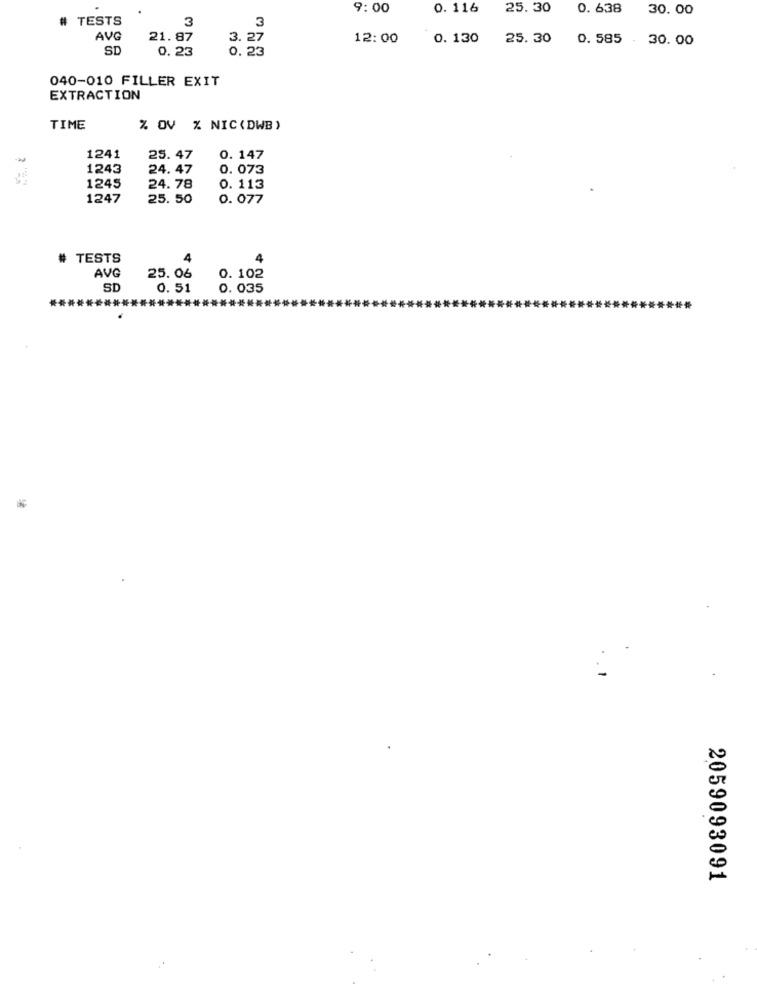
9:00
0. 116
25. 30
0. 638
30.00
TESTS
3
3
AVG
21.87
3. 27
12:00
0. 130
25. 30
0. 585 - 30.00
SD
0.23
0, 23
040-010 FILLER EXIT
EXTRACTION
TIME
% OV % NIC(DWB)
1241
25. 47
0. 147
1243
24. 47
0. 073
1245
24.78
0. 113
1247
25. 50
0. 077
# TESTS
4
4
AVG
25.06
0. 102
SD
0. 51
0. 035
2059093091